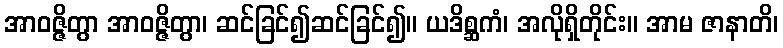
အာဝဇ္ဇိတွာ အာဝဇ္ဇိတွာ၊ ဆင်ခြင်၍ဆင်ခြင်၍။ ယဒိစ္ဆကံ၊ အလိုရှိတိုင်း။ အာမ ဇာနာတိ၊